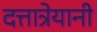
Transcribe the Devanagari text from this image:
दत्तात्रेयानी